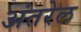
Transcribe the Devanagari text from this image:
अंतरेल